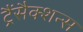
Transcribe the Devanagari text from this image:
ट्रैंसैक्शन्स